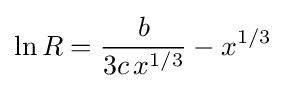
\ln R={\frac {b}{3c\,x^{1/3}}}-x^{1/3}